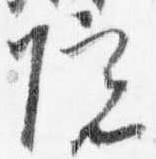
院